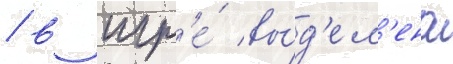
/ в игр'е́ вы́д'ел'ена